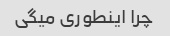
چرا اینطوری میگی